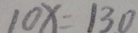
1 0 x = 1 3 0